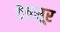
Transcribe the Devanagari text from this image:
देवसूर